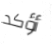
أؤكد